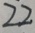
2 2